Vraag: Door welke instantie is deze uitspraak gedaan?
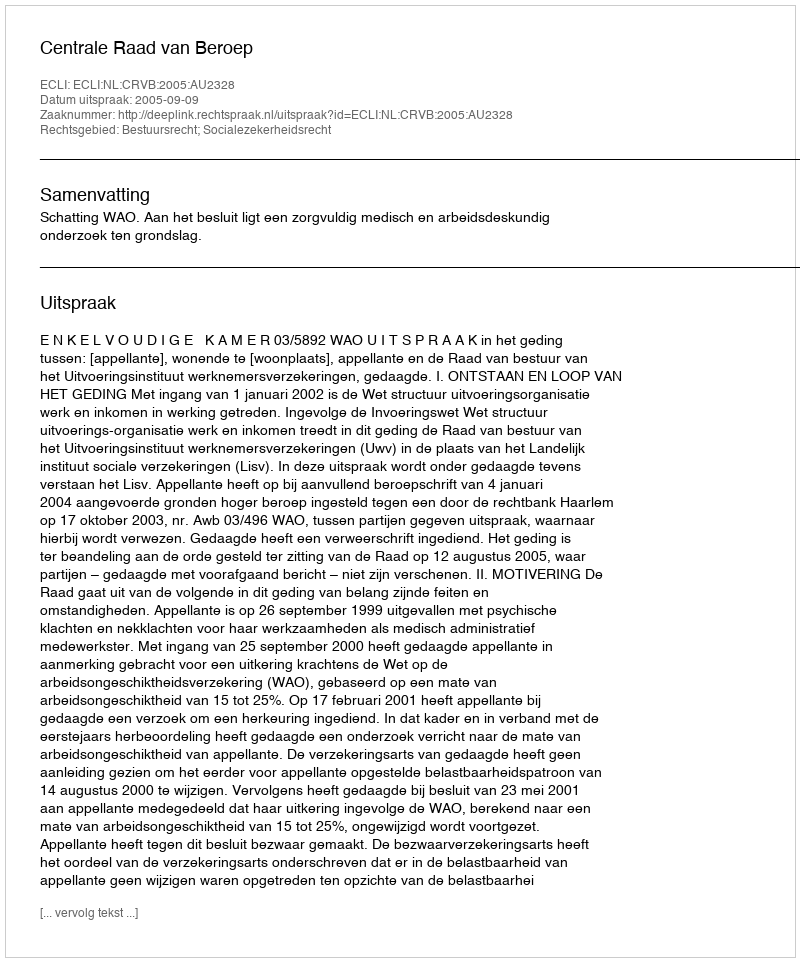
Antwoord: Centrale Raad van Beroep